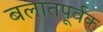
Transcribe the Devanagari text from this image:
बलातपूर्वक